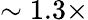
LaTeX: \sim 1.3\times